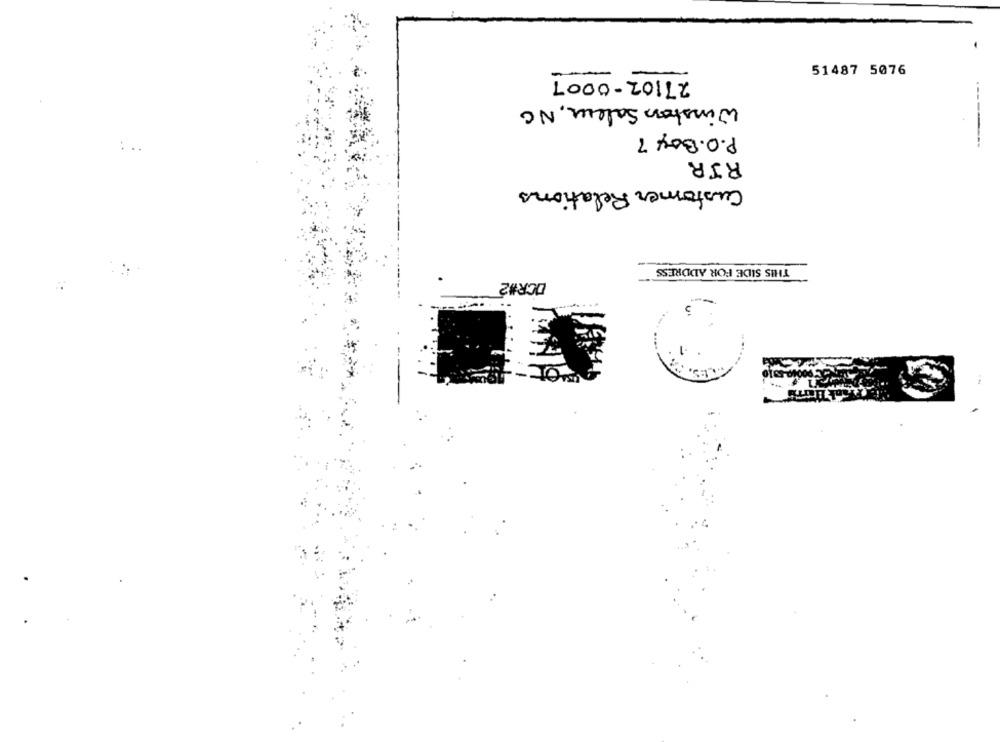
27102-0007
51487 5076
Winston Salem, NC
P.O. Box ?
RIR
Customer Relations
THIS SIDE FOR ADDRESS
DCR#2